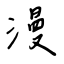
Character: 漫